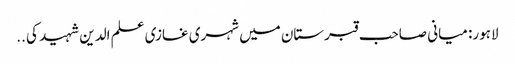
لاہور: میانی صاحب قبرستان میں شہری غازی علم الدین شہید کی ..